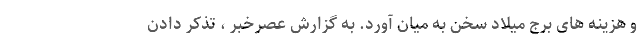
و هزینه های برج میلاد سخن به میان آورد. به گزارش عصرخبر ، تذکر دادن